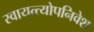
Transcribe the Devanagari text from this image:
स्वायत्त्योपनिवेश